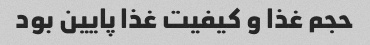
حجم غذا و کیفیت غذا پایین بود